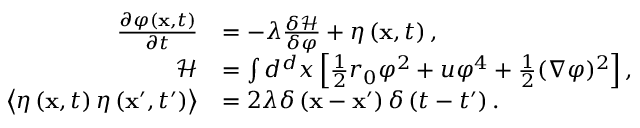
{ \begin{array} { r l } { { \frac { \partial \varphi \left( \mathbf { x } , t \right) } { \partial t } } } & { = - \lambda { \frac { \delta { \mathcal { H } } } { \delta \varphi } } + \eta \left( \mathbf { x } , t \right) , } \\ { { \mathcal { H } } } & { = \int d ^ { d } x \left[ { \frac { 1 } { 2 } } r _ { 0 } \varphi ^ { 2 } + u \varphi ^ { 4 } + { \frac { 1 } { 2 } } ( \nabla \varphi ) ^ { 2 } \right] , } \\ { \left\langle \eta \left( \mathbf { x } , t \right) \eta \left( \mathbf { x } ^ { \prime } , t ^ { \prime } \right) \right\rangle } & { = 2 \lambda \delta \left( \mathbf { x } - \mathbf { x } ^ { \prime } \right) \delta \left( t - t ^ { \prime } \right) . } \end{array} }